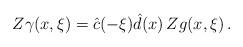
LaTeX: \begin{align*}Z\gamma (x,\xi)= \hat c (-\xi ) \hat d(x) \, Zg(x,\xi) \, .\end{align*}